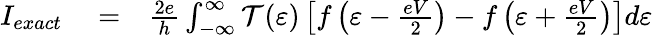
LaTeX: \begin{array}{rlr}{I_{exact}}&{{}=}&{\frac{2e}{h}\int_{-\infty}^{\infty}\mathcal{T}(\varepsilon)\left[f\left(\varepsilon-\frac{eV}{2}\right)-f\left(\varepsilon+\frac{eV}{2}\right)\right]d\varepsilon}\end{array}